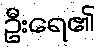
ဦးရေ၏